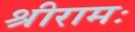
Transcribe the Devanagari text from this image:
श्रीरामः